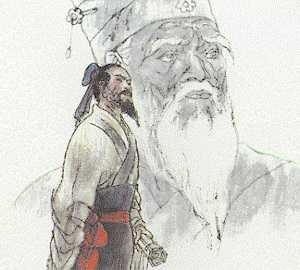
生于忧患而死于安乐。